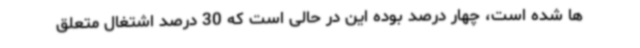
ها شده است، چهار درصد بوده این در حالی است که 30 درصد اشتغال متعلق